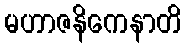
မဟာဇနိကေနာတိ